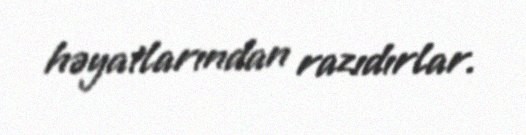
həyatlarından razıdırlar.